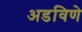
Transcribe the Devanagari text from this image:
अडविणे